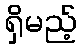
ရှိမည့်